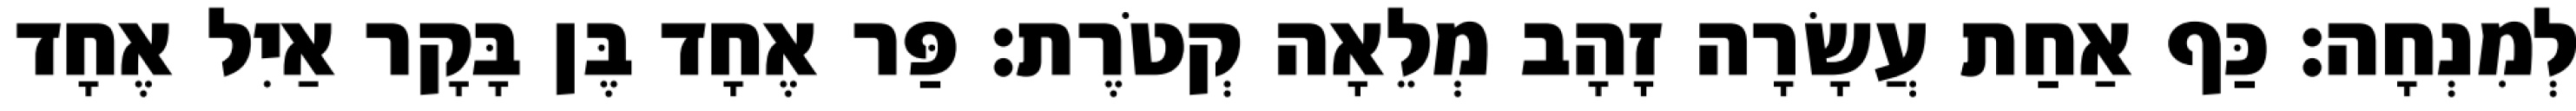
לְמִנְחָה׃ כַּף אַחַת עֲשָׂרָה זָהָב מְלֵאָה קְטֹרֶת׃ פַּר אֶחָד בֶּן בָּקָר אַיִל אֶחָד